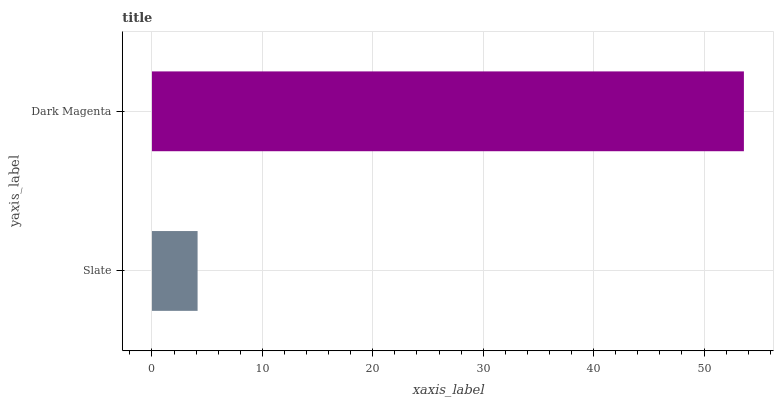
| yaxis_label | bars |
 | --- | --- |
 | Slate | 4.13 |
 | Dark Magenta | 53.6 |